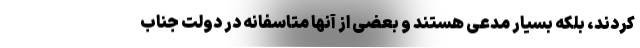
کردند، بلکه بسیار مدعی هستند و بعضی از آنها متاسفانه در دولت جناب